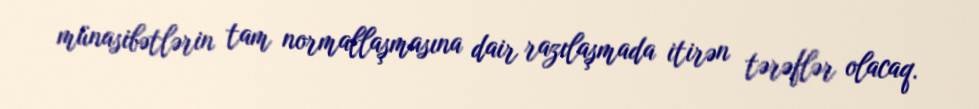
münasibətlərin tam normallaşmasına dair razılaşmada itirən tərəflər olacaq.